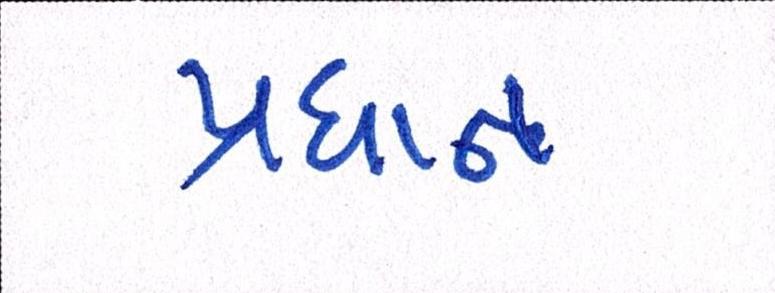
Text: પ્રધાન